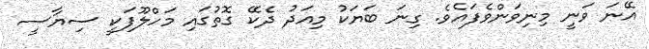
އޭނަ ވަނީ މިނިވަންވެފައެވެ. ގިނަ ބަޔަކު މިއަދު ދެކޭ ގޮތުގައި މަހްލޫފަކީ ސިޔާސީ